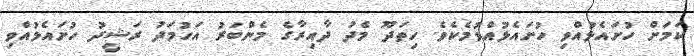
ކަމަށް ހުށައެޅުއްވި ހުށައެޅުއްވުމެކެވެ. ހިތަދޫ މެދު ދާއިރާގެ މެންބަރު އަހުމަދު ރަޝީދު ހުށައެޅުއްވި